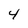
Character: 4